Eesti_Vabariigi_Tartu_Ulikool, lk 81
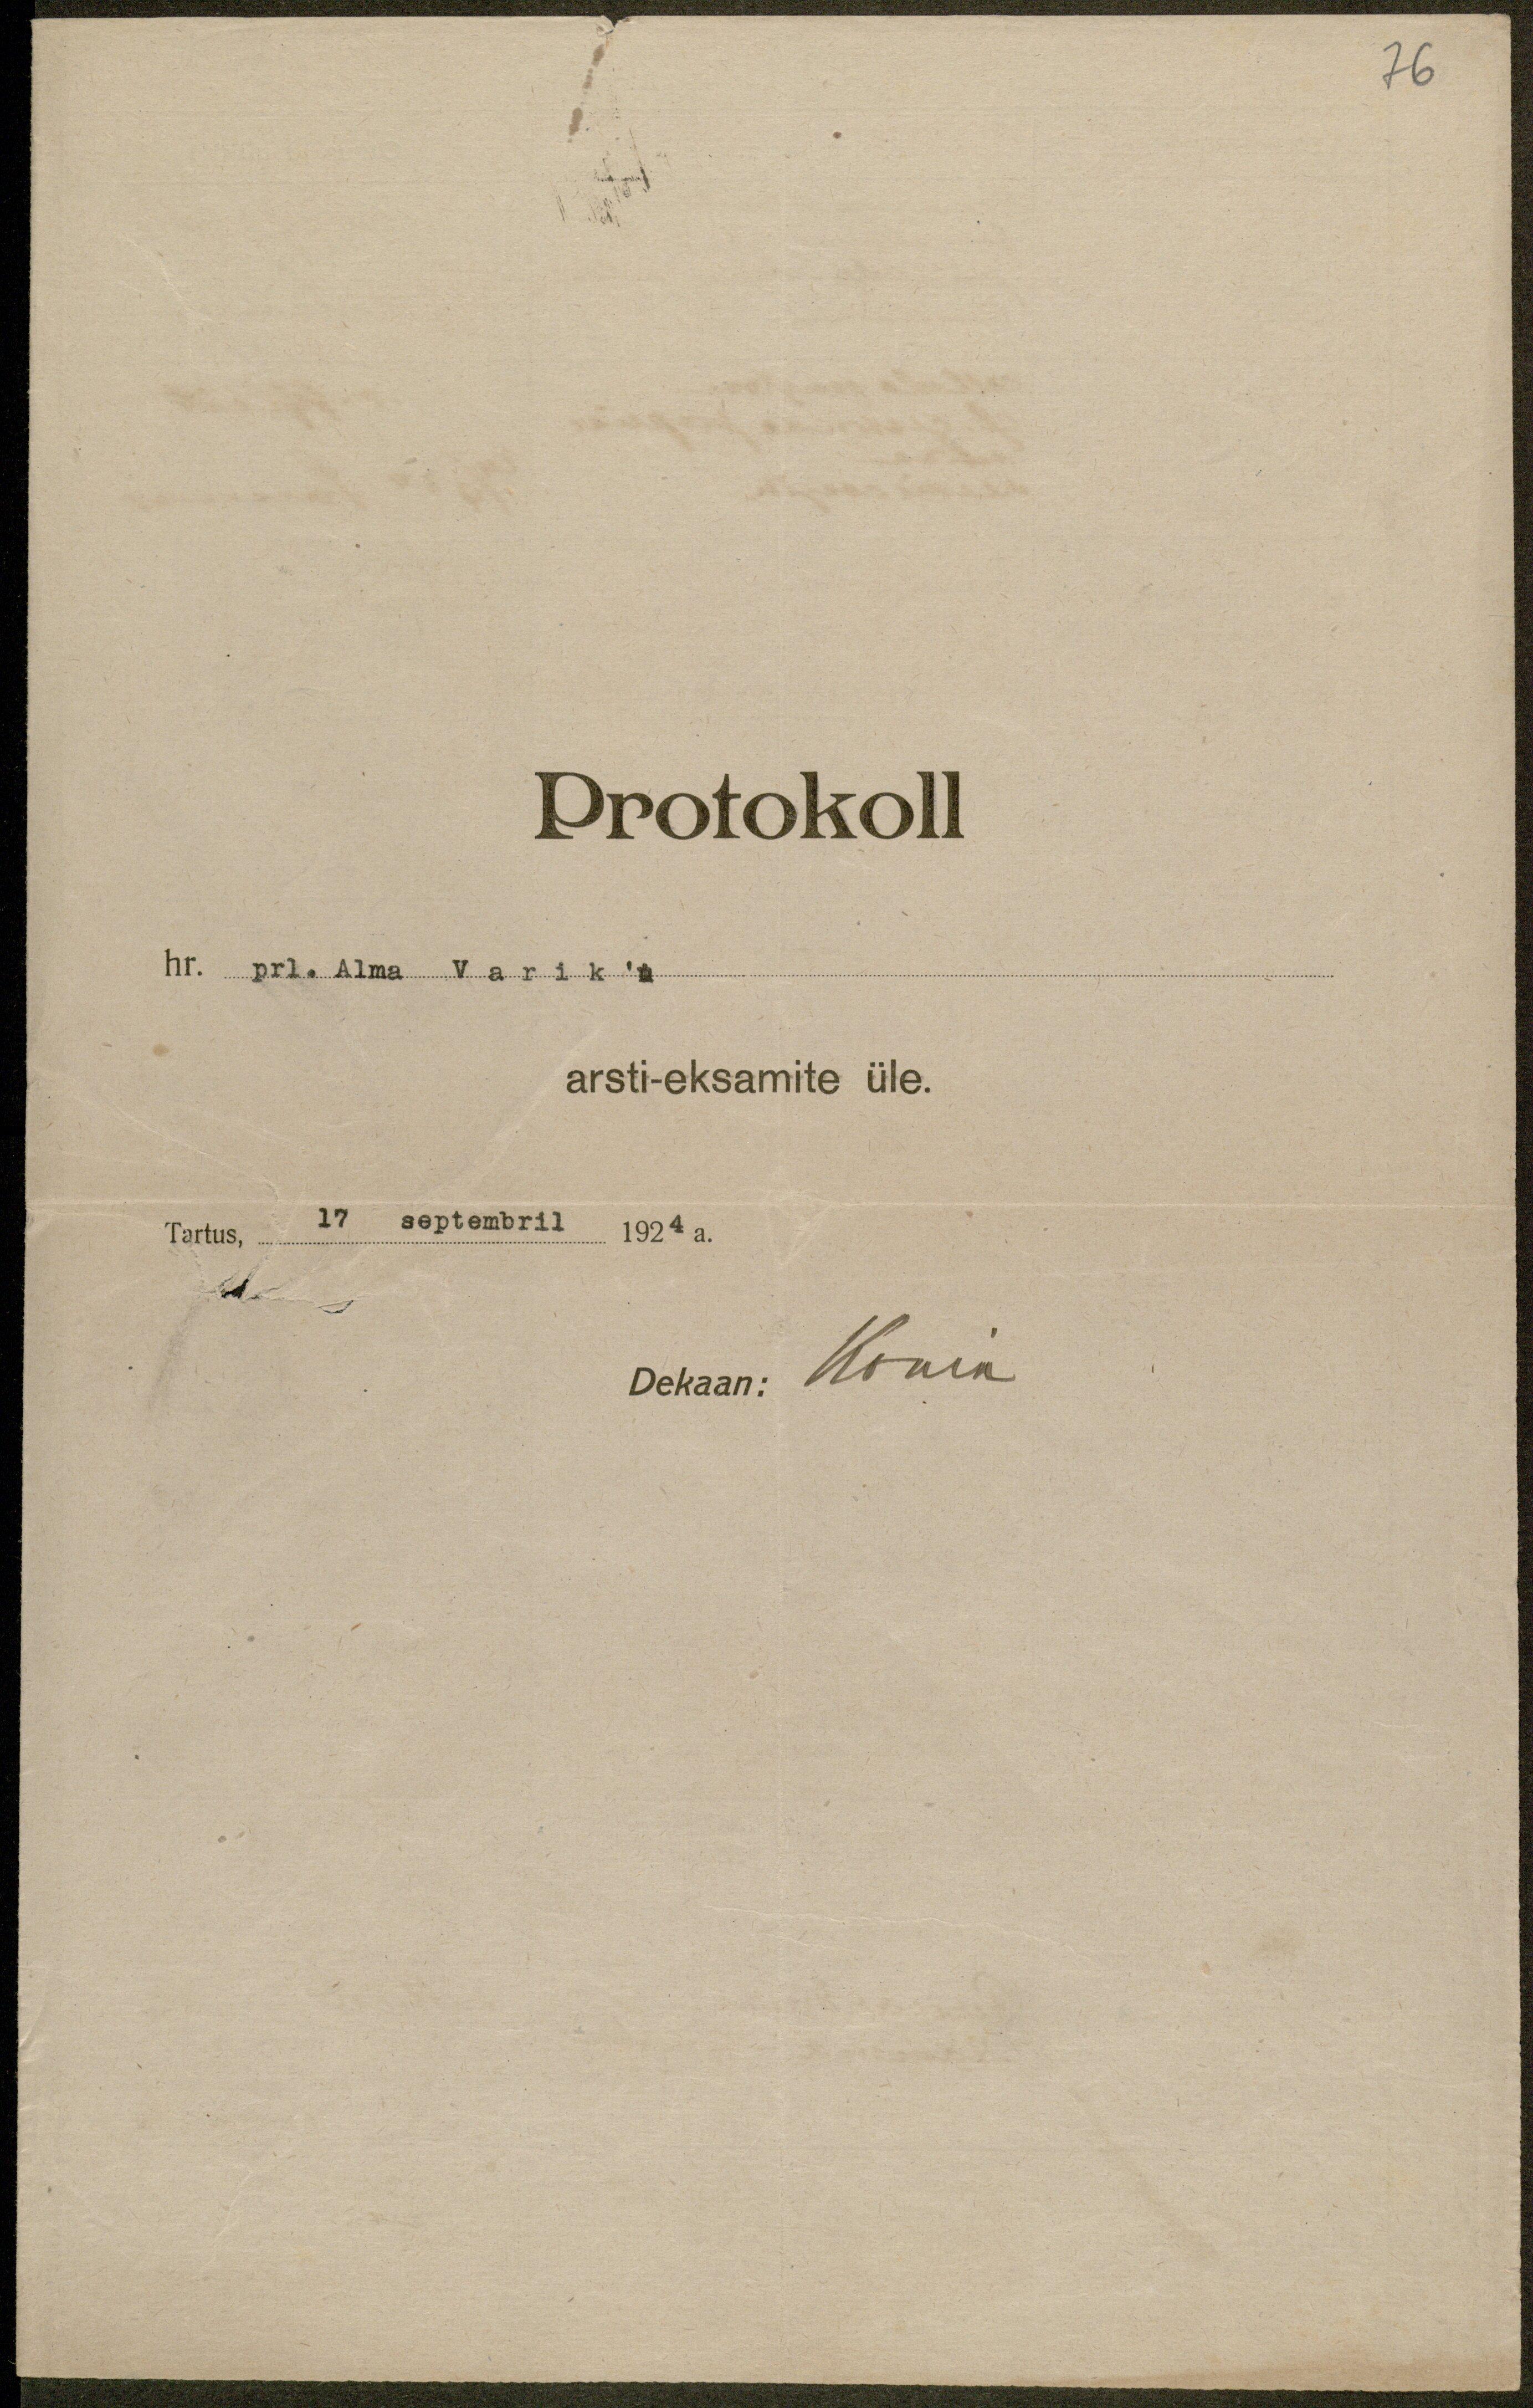
76
Protokoll
hr. prl. Alma Varik'u
arsti-eksamite üle.
Tartus, 17 septembril 1924 a.
Dekaan: Konik